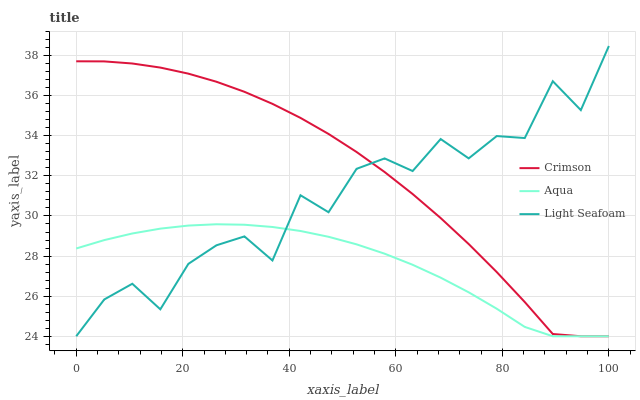
| xaxis_label | Crimson | Aqua | Light Seafoam |
 | --- | --- | --- | --- |
 | 0 | 37.7 | 28.4 | 24 |
 | 5.26 | 37.7 | 28.8 | 25.8 |
 | 10.5 | 37.6 | 29.1 | 26.6 |
 | 15.8 | 37.4 | 29.4 | 25.3 |
 | 21.1 | 37.1 | 29.5 | 27.6 |
 | 26.3 | 36.7 | 29.6 | 28.5 |
 | 31.6 | 36.2 | 29.6 | 29 |
 | 36.8 | 35.6 | 29.5 | 27.8 |
 | 42.1 | 34.9 | 29.3 | 31 |
 | 47.4 | 34.1 | 29 | 30.2 |
 | 52.6 | 33.2 | 28.6 | 32.4 |
 | 57.9 | 32.2 | 28.1 | 32.9 |
 | 63.2 | 31.1 | 27.6 | 32.2 |
 | 68.4 | 29.9 | 26.9 | 33.8 |
 | 73.7 | 28.6 | 26.2 | 32.9 |
 | 78.9 | 27.2 | 25.4 | 34 |
 | 84.2 | 25.7 | 24.5 | 33.9 |
 | 89.5 | 24.1 | 24 | 36.7 |
 | 94.7 | 24 | 24 | 35.3 |
 | 100 | 24 | 24 | 38.5 |